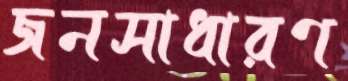
জনসাধারণ